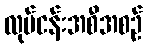
လုပ်ငန်းအစီအစဉ်